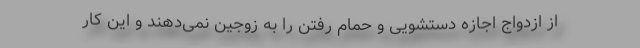
از ازدواج اجازه دستشویی و حمام رفتن را به زوجین نمی‌دهند و این کار